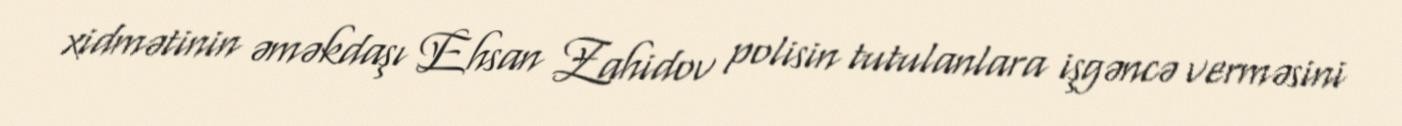
xidmətinin əməkdaşı Ehsan Zahidov polisin tutulanlara işgəncə verməsini